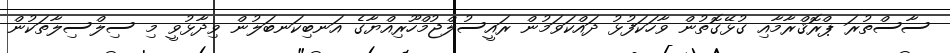
ސާސްތުރަ ޕްރޮޤްރާމާއި ގުޅޭގޮތުން ވާހަކަފުޅު ދައްކަވަމުން ރައީސުލްޖުމްހޫރިއްޔާގެ އަނބިކަނބަލުން ވިދާޅުވީ މި ސިލްސިލާތަކުން